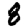
Digit: 8